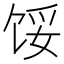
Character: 馁